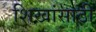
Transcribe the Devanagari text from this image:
शिखांसाठी